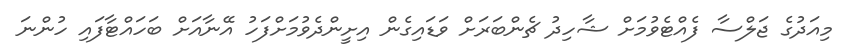
މިއަދުގެ ޖަލްސާ ފެއްޓެވުމަށް ޝާހިދު ޗެންބަރަށް ވަޑައިގެން އިށީންދެވުމަށްފަހު އޭނާއަށް ބަހައްޓާފައި ހުންނަ